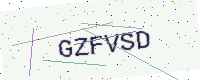
Text: GZFVSD